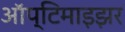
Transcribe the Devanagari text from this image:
ऑप्टिमाइझर